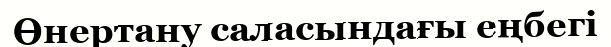
Өнертану саласындағы еңбегі